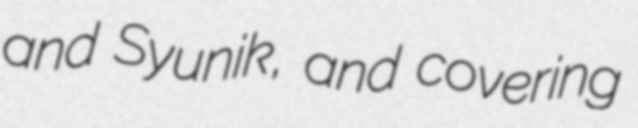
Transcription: and Syunik, and covering